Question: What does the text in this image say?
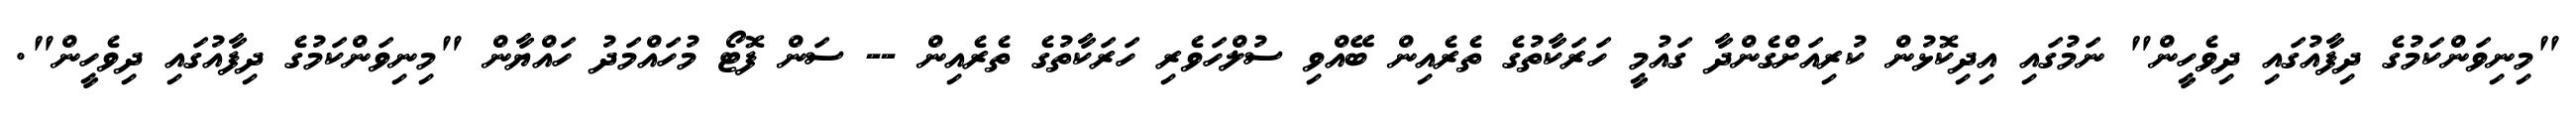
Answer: "މިނިވަންކަމުގެ ދިފާއުގައި ދިވެހީން" ނަމުގައި އިދިކޮޅުން ކުރިއަށްގެންދާ ގައުމީ ހަރަކާތުގެ ތެރެއިން ބޭއްވި ސުލްހަވެރި ހަރަކާތުގެ ތެރެއިން -- ސަން ފޮޓޯ މުހައްމަދު ހައްޔާން "މިނިވަންކަމުގެ ދިފާއުގައި ދިވެހީން".